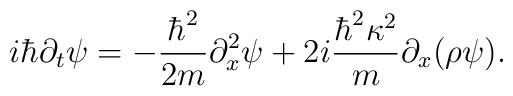
i\hbar  \partial_t \psi =- {\hbar^2 \over 2 m } \partial_x^2\psi +2i{ \hbar^2 \kappa^2 \over m }\partial_x(\rho  \psi).